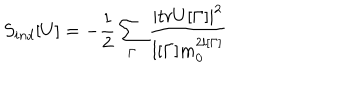
S _ { i n d } [ U ] = - \frac { 1 } { 2 } \sum _ { \Gamma } \frac { \left| t r U [ \Gamma ] \right| ^ { 2 } } { l [ \Gamma ] m _ { 0 } ^ { 2 l [ \Gamma ] } }